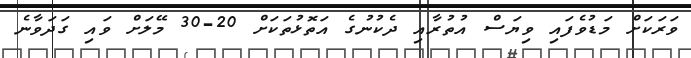
ވަރަކަށް މަޑުވެފައި ވިޔަސް އުތުރާއި ދެކުނުގެ އަތޮޅުތަކަށް 20-30 މޭލަށް ވައި ގަދަވާނެ